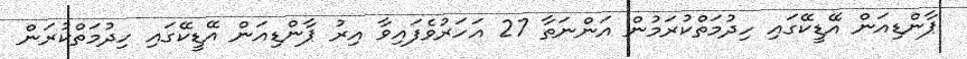
ޕާންޑިއަން އޭޑީކޭގައި ހިދުމަތްކުރަމުން އަންނަތާ 27 އަހަރުވެފައިވާ އިރު ޕާންޑިއަން އޭޑީކޭގައި ހިދުމަތްކުރަން